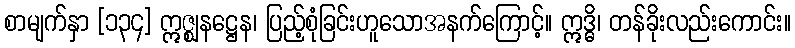
စာမျက်နှာ [၁၃၄] ဣဇ္ဈနဋ္ဌေန၊ ပြည့်စုံခြင်းဟူသောအနက်ကြောင့်။ ဣဒ္ဓိ၊ တန်ခိုးလည်းကောင်း။